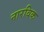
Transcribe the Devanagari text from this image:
नारविक